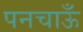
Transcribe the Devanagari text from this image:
पनचाऊँ